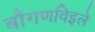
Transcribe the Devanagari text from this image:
बौगणविइले